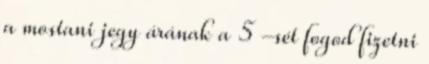
a mostani jegy árának a 5 -sét fogod fizetni